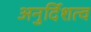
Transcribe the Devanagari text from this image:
अनुर्दिशत्व